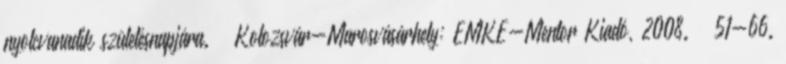
nyolcvanadik születésnapjára. – Kolozsvár-Marosvásárhely: EMKE-Mentor Kiadó, 2008. – 51-66.